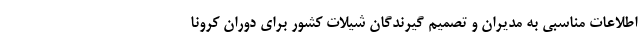
اطلاعات مناسبی به مدیران و تصمیم گیرندگان شیلات کشور برای دوران کرونا